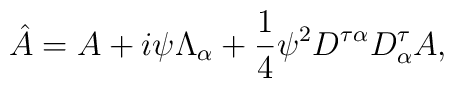
\hat{A}=A+i\psi \Lambda_{\alpha}+\frac{1}{4} \psi^2 {D^{\tau\alpha}D^{\tau}_{\alpha}} A,